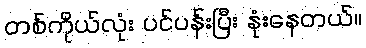
တစ်ကိုယ်လုံး ပင်ပန်းပြီး နုံးနေတယ်။